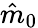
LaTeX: \hat{m}_{0}